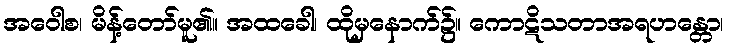
အဝေါစ၊ မိန့်တော်မူ၏။ အထခေါ၊ ထိုမှနောက်၌။ ကောဋိသတာအရဟန္တော၊